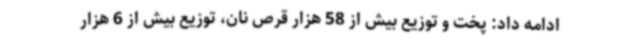
ادامه داد: پخت و توزیع بیش از 58 هزار قرص نان، توزیع بیش از 6 هزار